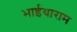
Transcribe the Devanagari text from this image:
भाईयाराम